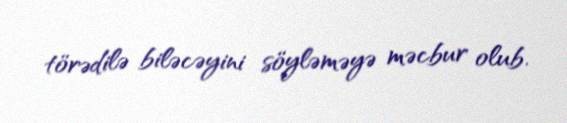
törədilə biləcəyini söyləməyə məcbur olub.